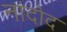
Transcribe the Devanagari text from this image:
नांदोद